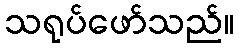
သရုပ်ဖော်သည်။